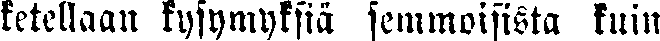
ketellaan kysymyksiä semmoisista kuin